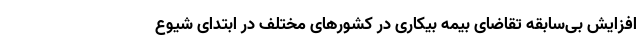
افزایش بی‌سابقه تقاضای بیمه بیکاری در کشورهای مختلف در ابتدای شیوع